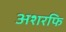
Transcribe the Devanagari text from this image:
अशरफि